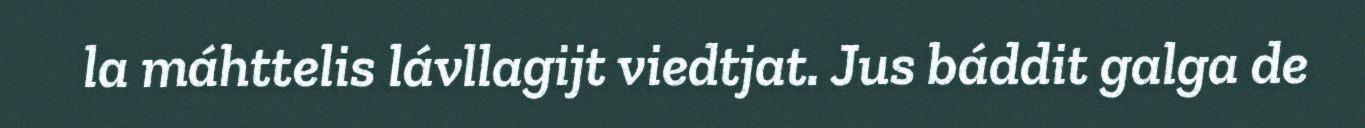
la máhttelis lávllagijt viedtjat. Jus báddit galga de